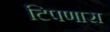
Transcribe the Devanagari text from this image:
टिपणारा